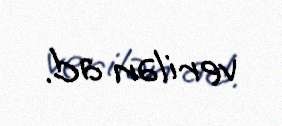
verilən ad.